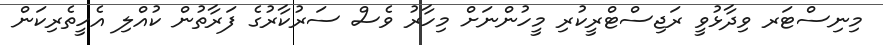
މިނިސްޓަރ ވިދާޅުވީ ރަޖިސްޓްރީކުރި މީހުންނަށް މިހާރު ވެސް ސަރުކާރުގެ ފަރާތުން ކުއްލި އެހީތެރިކަން